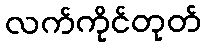
လက်ကိုင်တုတ်